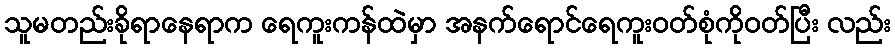
သူမတည်းခိုရာနေရာက ရေကူးကန်ထဲမှာ အနက်ရောင်ရေကူးဝတ်စုံကိုဝတ်ပြီး လည်း